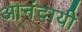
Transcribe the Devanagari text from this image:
आनंदायी